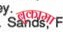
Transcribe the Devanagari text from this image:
बुकामा